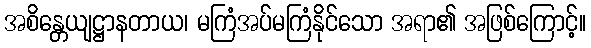
အစိန္တေယျဋ္ဌာနတာယ၊ မကြံအပ်မကြံနိုင်သော အရာ၏ အဖြစ်ကြောင့်။